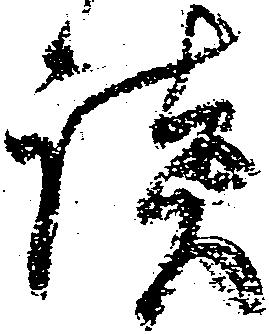
談